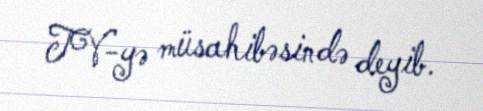
TV-yə müsahibəsində deyib.